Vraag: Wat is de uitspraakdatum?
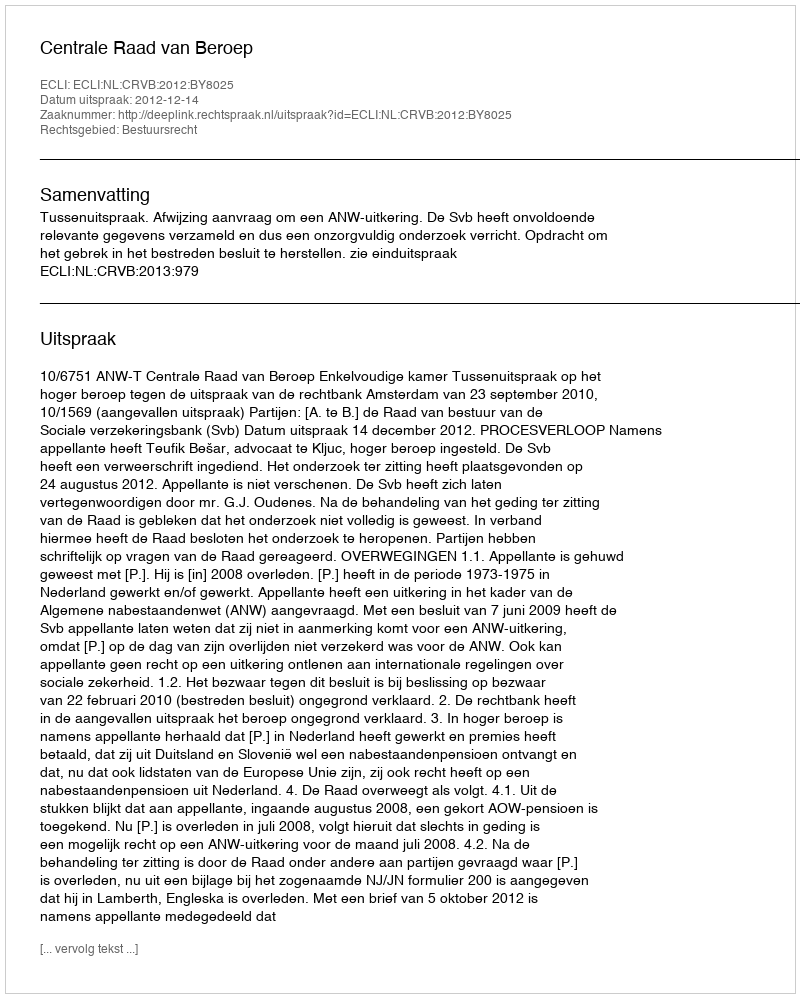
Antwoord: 2012-12-14